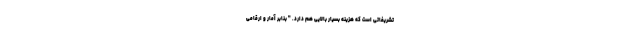
تشریفاتی است که هزینه بسیار بالایی هم دارد. " بنابر آمار و ارقامی